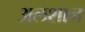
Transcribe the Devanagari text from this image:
अलशान